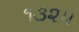
૧૩૨૫